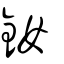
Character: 釹